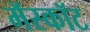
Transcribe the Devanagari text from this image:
मॅस्कॉट